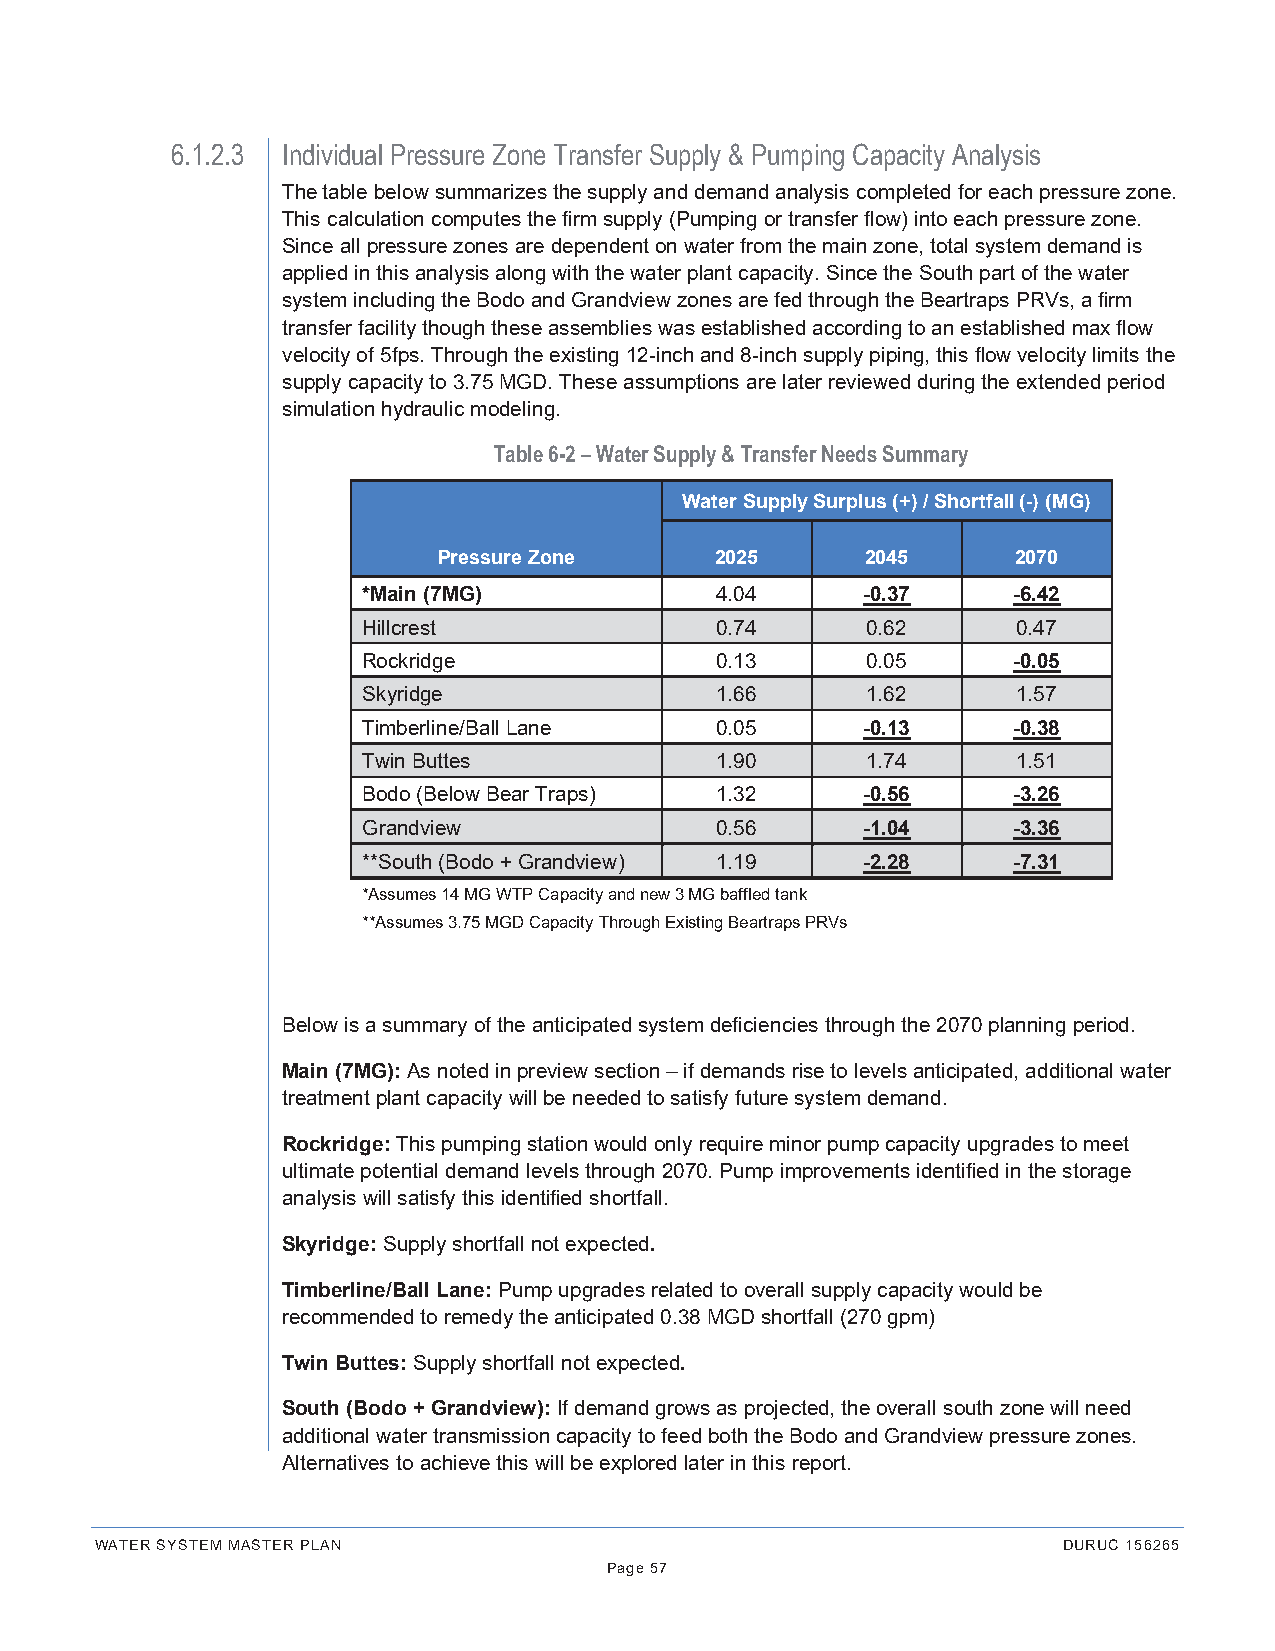
6.1.2.3 Individual Pressure Zone Transfer Supply & Pumping Capacity Analysis
 The table below summarizes the supply and demand analysis completed for each pressure zone.
 This calculation computes the firm supply (Pumping or transfer flow) into each pressure zone.
 Since all pressure zones are dependent on water from the main zone, total system demand is
 applied in this analysis along with the water plant capacity. Since the South part of the water
 system including the Bodo and Grandview zones are fed through the Beartraps PRVs, a firm
 transfer facility though these assemblies was established according to an established max flow
 velocity of 5fps. Through the existing 12-inch and 8-inch supply piping, this flow velocity limits the
 supply capacity to 3.75 MGD. These assumptions are later reviewed during the extended period
 simulation hydraulic modeling.
 Table 6-2 – Water Supply & Transfer Needs Summary
 Water Supply Surplus (+) / Shortfall (-) (MG)
 Pressure Zone     2025      2045      2070
 *Main (7MG)            4.04      -0.37     -6.42
 Hillcrest              0.74      0.62      0.47
 Rockridge              0.13      0.05      -0.05
 Skyridge               1.66      1.62      1.57
 Timberline/Ball Lane   0.05      -0.13     -0.38
 Twin Buttes            1.90      1.74      1.51
 Bodo (Below Bear Traps) 1.32     -0.56     -3.26
 Grandview              0.56      -1.04     -3.36
 **South (Bodo + Grandview) 1.19  -2.28     -7.31
 *Assumes 14 MG WTP Capacity and new 3 MG baffled tank
 **Assumes 3.75 MGD Capacity Through Existing Beartraps PRVs
 Below is a summary of the anticipated system deficiencies through the 2070 planning period.
 Main (7MG): As noted in preview section – if demands rise to levels anticipated, additional water
 treatment plant capacity will be needed to satisfy future system demand.
 Rockridge: This pumping station would only require minor pump capacity upgrades to meet
 ultimate potential demand levels through 2070. Pump improvements identified in the storage
 analysis will satisfy this identified shortfall.
 Skyridge: Supply shortfall not expected.
 Timberline/Ball Lane: Pump upgrades related to overall supply capacity would be
 recommended to remedy the anticipated 0.38 MGD shortfall (270 gpm)
 Twin Buttes: Supply shortfall not expected.
 South (Bodo + Grandview): If demand grows as projected, the overall south zone will need
 additional water transmission capacity to feed both the Bodo and Grandview pressure zones.
 Alternatives to achieve this will be explored later in this report.
 WATER SYSTEM MASTER PLAN                                        DURUC 156265
 Page 57